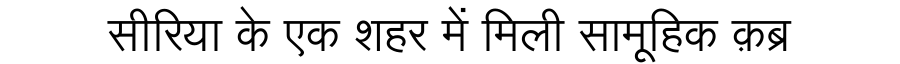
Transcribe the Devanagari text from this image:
सीरिया के एक शहर में मिली सामूहिक क़ब्र